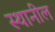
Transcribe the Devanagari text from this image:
स्थानील